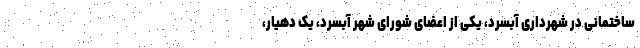
ساختمانی در شهرداری آبسرد، یکی از اعضای شورای شهر آبسرد، یک دهیار،